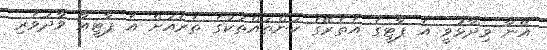
އޭނާ ވިދާޅުވީ އެ ޕާޓީގެ އެތެރޭގެ ކަންތައްތަކުގެ ތެރެއަށް އެ ޕާޓީއާ ވާދަވެރި